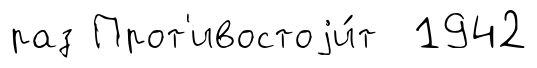
раз Прот'ивостоjи́т 1942